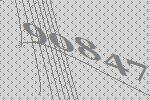
90847